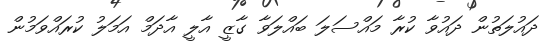
ދައުލަތުން ދައުވާ ކުރާ މައްސަލަ ބައްލަވާ ގާޒީ އާލީ އާދަމް އަމަލު ކުރައްވަމުން